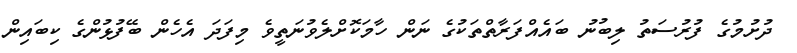
ދުށުމުގެ ފުރުސަތު ލިބުނު ބައެއްފަރާތްތަކުގެ ނަން ހާމަކޮށްލެވުނަތީވެ މިފަދަ އެހެން ބޭފުޅުންގެ ކިބައިން